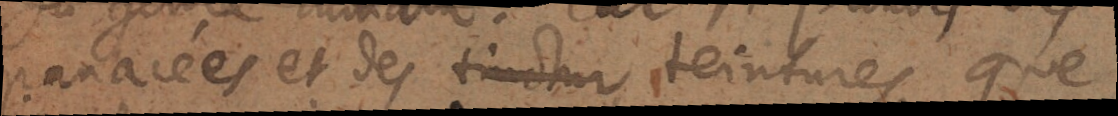
panacées et des teintures, que